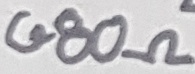
Text: 680Ω